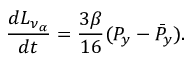
{ \frac { d L _ { \nu _ { \alpha } } } { d t } } = { \frac { 3 \beta } { 1 6 } } ( P _ { y } - \bar { P } _ { y } ) .